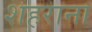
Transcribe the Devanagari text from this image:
शहराना